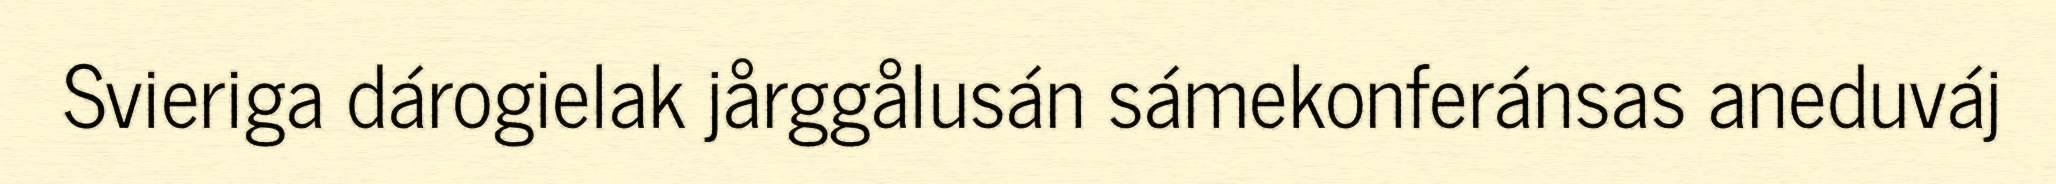
Svieriga dárogielak jårggålusán sámekonferánsas aneduváj